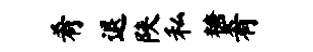
肴退陕私糖肴